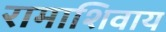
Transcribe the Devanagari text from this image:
रामाशिवाय